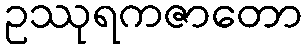
ဥဿုရကဇာတော